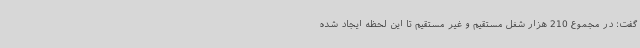
گفت: در مجموع 210 هزار شغل مستقیم و غیر مستقیم تا این لحظه ایجاد شده